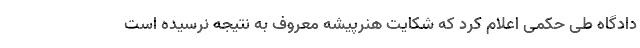
دادگاه طی حکمی اعلام کرد که شکایت هنرپیشهٔ معروف به نتیجه نرسیده است